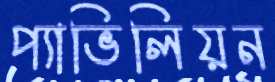
প্যাভিলিয়ন